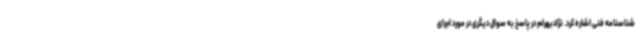
شناسنامه فنی اشاره کرد. نژادبهرام در پاسخ به سوال دیگری در مورد اجرای